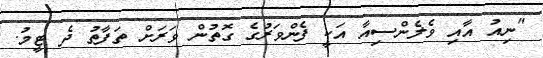
"ނިއު އާއި ވެލެންސިއާ އަކީ ފެންވަރުގެ ގޮތުން ވަރަށް ތަފާތު ދެ ޓީމު.